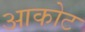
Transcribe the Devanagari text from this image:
आकोट